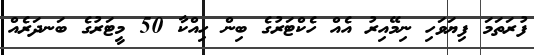
ފުރަތަމަ ފިޔަވަހި ނިމޭއިރު އެއް ހެކްޓަރުގެ ބިން ހިއްކާ 50 މީޓަރުގެ ބަނދަރެއް